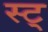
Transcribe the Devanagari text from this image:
स्ट्